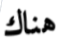
هناك